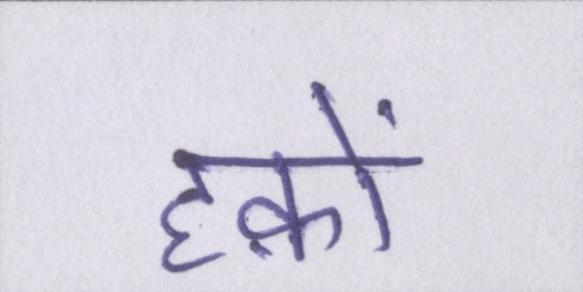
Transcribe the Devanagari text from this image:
हक़ों